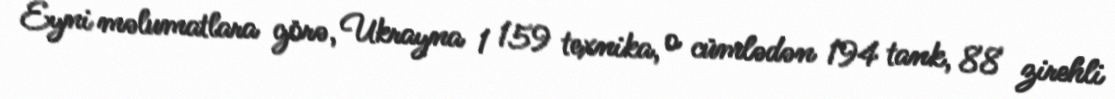
Eyni məlumatlara görə, Ukrayna 1 159 texnika, o cümlədən 194 tank, 88 zirehli